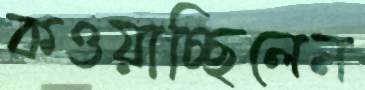
কওয়াচ্ছিলেন